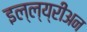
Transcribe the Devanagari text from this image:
इल्ल्य्रीअन